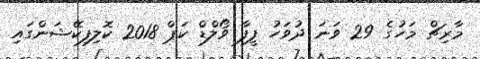
މާރިޗް މަހުގެ 29 ވަނަ ދުވަހު ފީފާ ވޯލްޑް ކަޕް 2018 ކޮލިފިކޭޝަންގައި